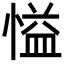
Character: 𪬘